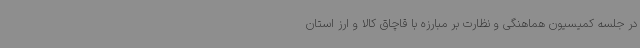
در جلسه کمیسیون هماهنگی و نظارت بر مبارزه با قاچاق کالا و ارز استان